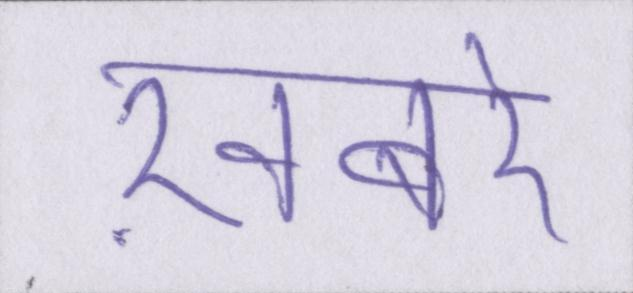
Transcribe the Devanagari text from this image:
ख़बरें